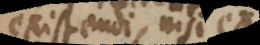
existendi, nisi ex